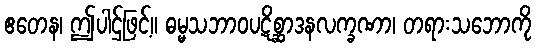
ဧတေန၊ ဤပါဌ်ဖြင့်။ ဓမ္မသဘာဝပဋိစ္ဆာဒနလက္ခဏာ၊ တရားသဘောကို